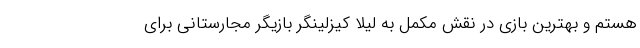
هستم و بهترین بازی در نقش مکمل به لیلا کیزلینگر بازیگر مجارستانی برای